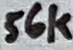
Text: 56k